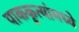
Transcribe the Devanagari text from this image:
पाककृत्यांमध्ये